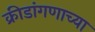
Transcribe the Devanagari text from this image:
क्रीडांगणाच्या